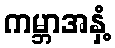
ကမ္ဘာအနှံ့